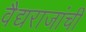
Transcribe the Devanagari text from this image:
वैद्यराजांची